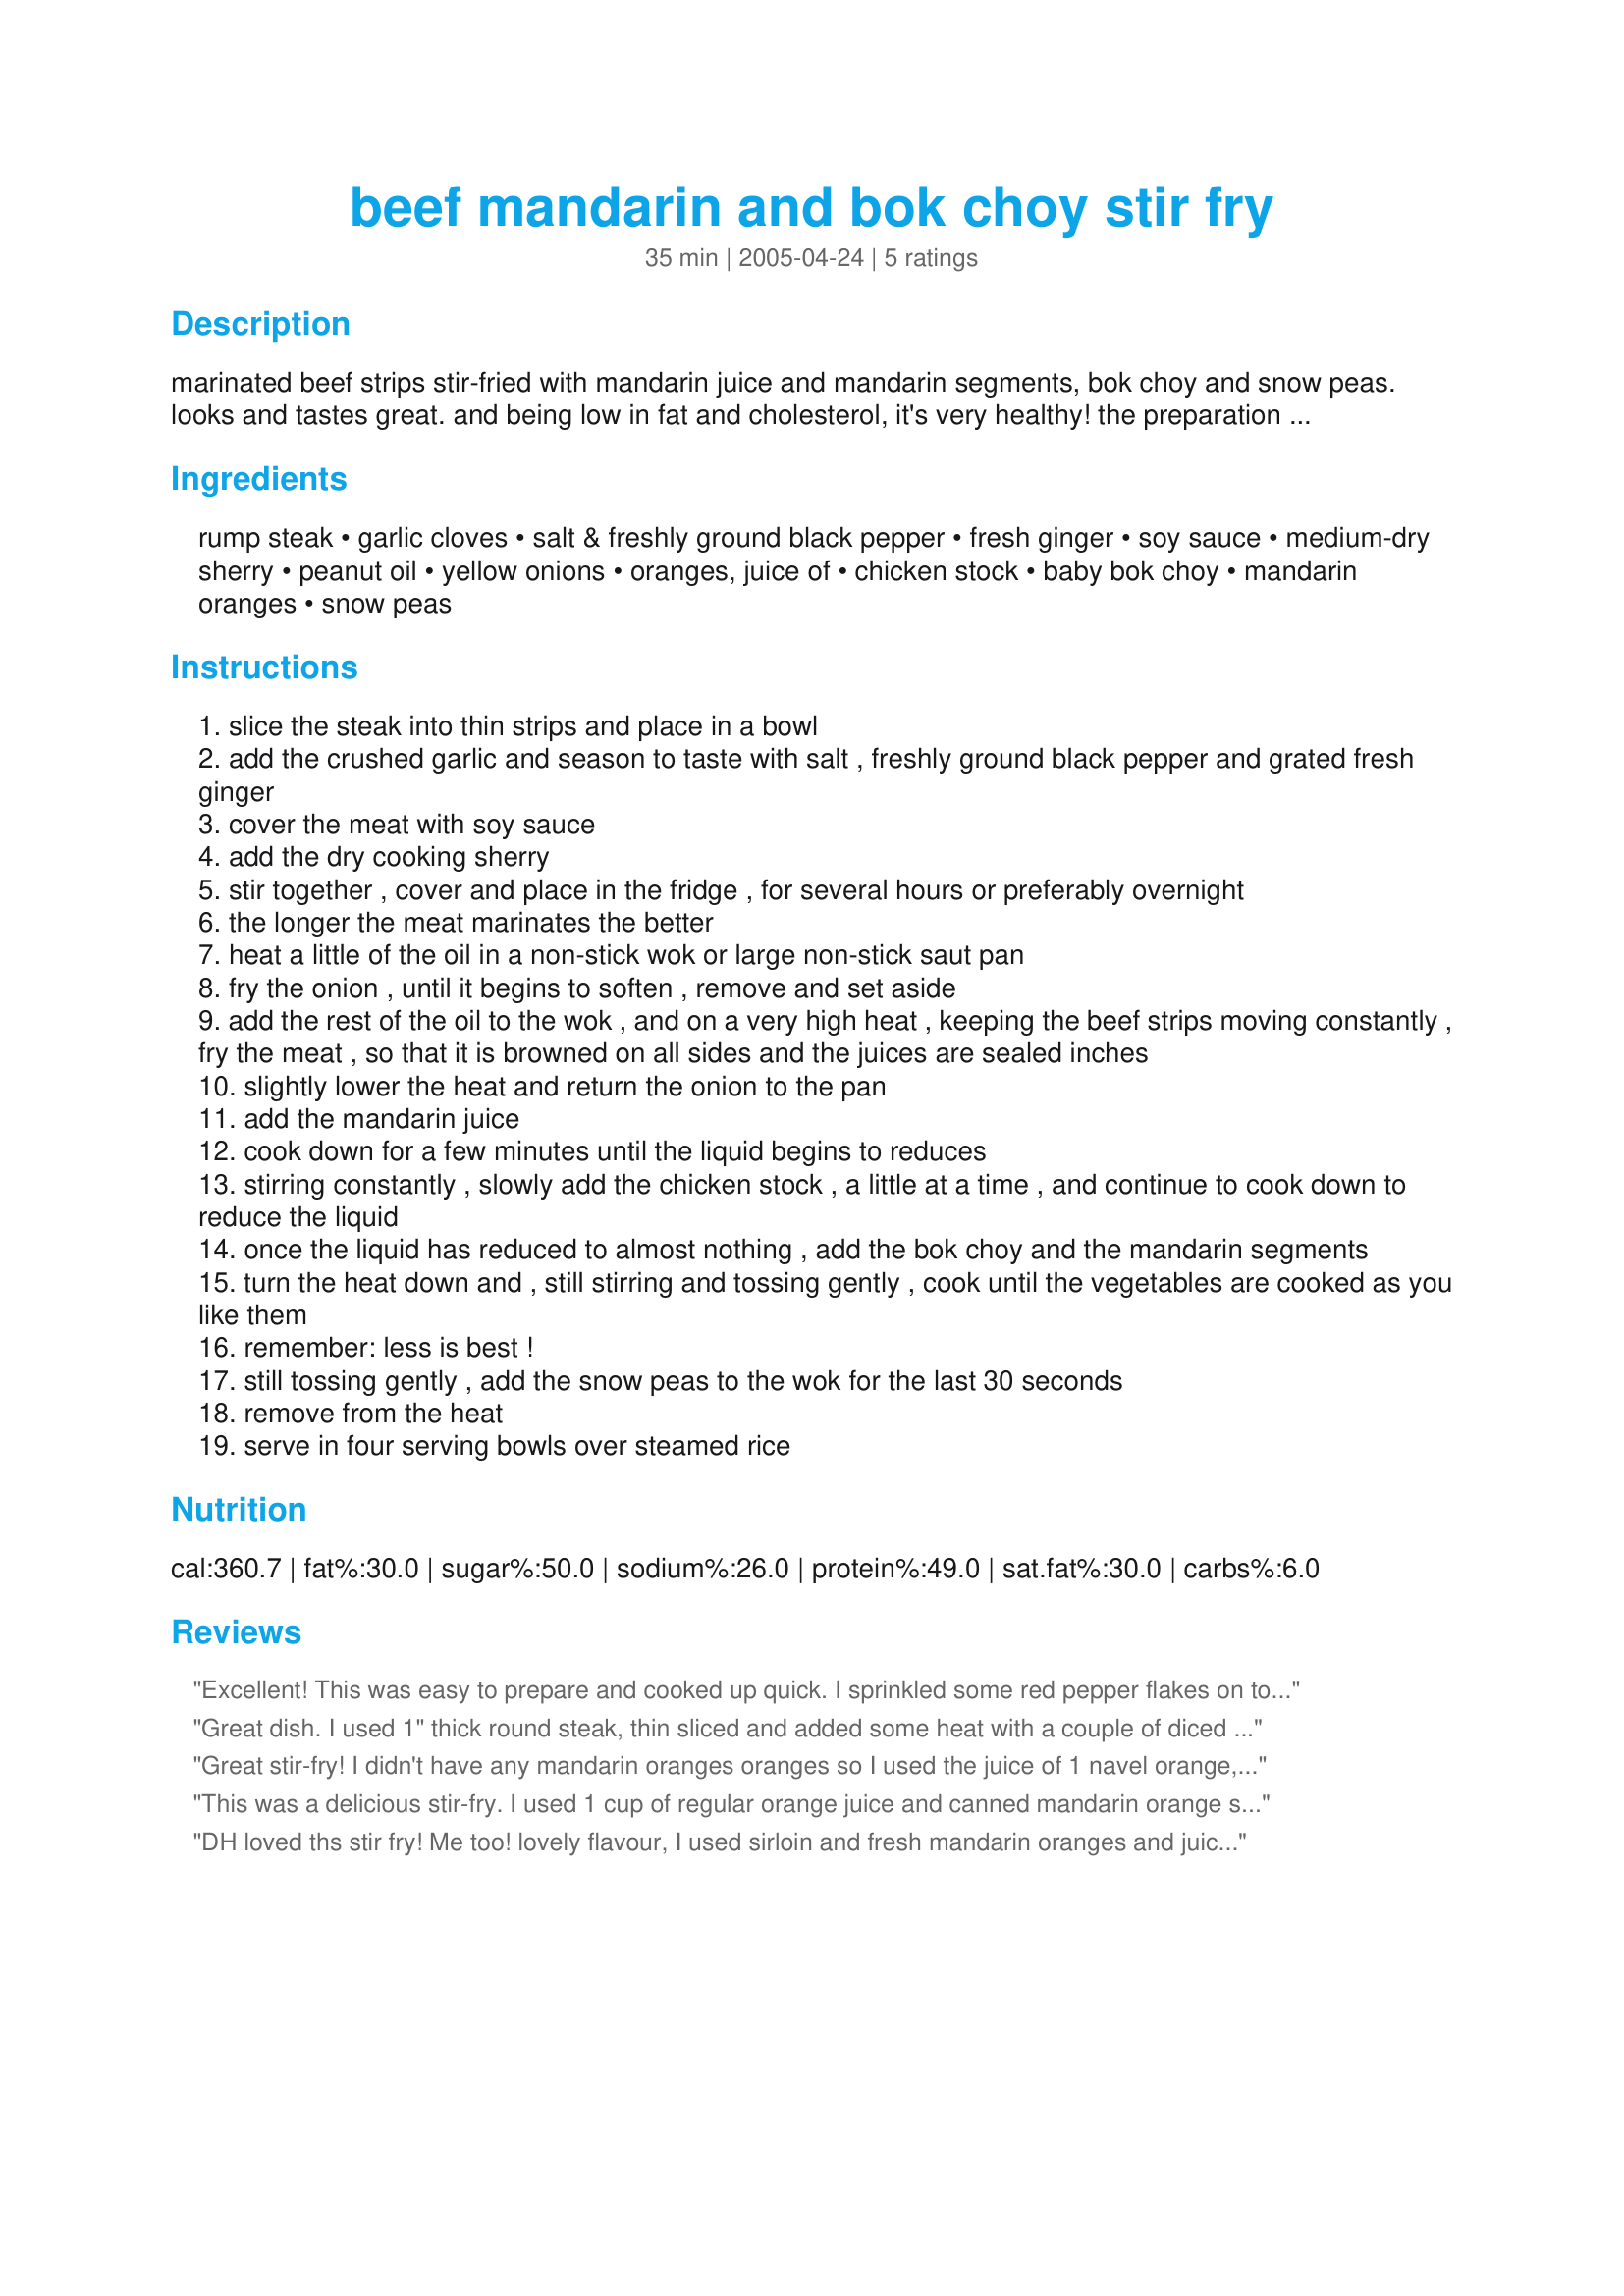
beef mandarin and bok choy stir fry
Preparation time: 35 minutes

marinated beef strips stir-fried with mandarin juice and mandarin segments, bok choy and snow peas. looks and tastes great. and being low in fat and cholesterol, it's very healthy! the preparation time does not include the time for marinading the meat: several hours or preferably overnight.

Ingredients:
rump steak, garlic cloves, salt & freshly ground black pepper, fresh ginger, soy sauce, medium-dry sherry, peanut oil, yellow onions, oranges, juice of, chicken stock, baby bok choy, mandarin oranges, snow peas

Steps:
slice the steak into thin strips and place in a bowl
add the crushed garlic and season to taste with salt , freshly ground black pepper and grated fresh ginger
cover the meat with soy sauce
add the dry cooking sherry
stir together , cover and place in the fridge , for several hours or preferably overnight
the longer the meat marinates the better
heat a little of the oil in a non-stick wok or large non-stick saut pan
fry the onion , until it begins to soften , remove and set aside
add the rest of the oil to the wok , and on a very high heat , keeping the beef strips moving constantly , fry the meat , so that it is browned on all sides and the juices are sealed inches
slightly lower the heat and return the onion to the pan
add the mandarin juice
cook down for a few minutes until the liquid begins to reduces
stirring constantly , slowly add the chicken stock , a little at a time , and continue to cook down to reduce the liquid
once the liquid has reduced to almost nothing , add the bok choy and the mandarin segments
turn the heat down and , still stirring and tossing gently , cook until the vegetables are cooked as you like them
remember: less is best !
still tossing gently , add the snow peas to the wok for the last 30 seconds
remove from the heat
serve in four serving bowls over steamed rice

Reviews:
Excellent! This was easy to prepare and cooked up quick. I sprinkled some red pepper flakes on top to give it some heat. I omitted the chicken stock based on Derf's review. I did use canned mandarin oranges and wish I hadn't because they broke down during cooking and you couldn't see them. So please use fresh. Thanks for posting. :)
Great dish. I used 1" thick round steak, thin sliced and added some heat with a couple of diced habenaros. I marinated the meat overnight. I used fresh fruit. The sweet and hot flavors mixed wonderfully. I'll definately make this again. Thanks for posting.
Great stir-fry! I didn't have any mandarin oranges oranges so I used the juice of 1 navel orange, I used sirloin beef strips, and used dry white wine in place of sherry and marinated overnight. My DH and DS enjoyed this for lunch topped with roasted peanuts. Thank bluemoon!
This was a delicious stir-fry. I used 1 cup of regular orange juice and canned mandarin orange slices. I thought two onions would be a bit excessive, so I only used one.
DH loved ths stir fry! Me too! lovely flavour, I used sirloin and fresh mandarin oranges and juice. I marinated it overnight and it was lovely and tender. Just made half a recipe although i did use two oranges for the sections and two for the juice. Just one thing, when I make it again, I will leave out the chicken broth, I still can't figure out why it is in the recipe, it seemed very unecessary and made for a lot of reducing down. In any case it is definately 5 star and then some!
thanks for sharing!
